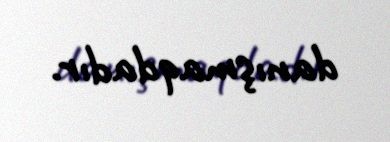
danışmaqdadır.